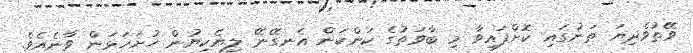
ވޭތުވެދިޔަ ތަނުގައި ކޮށްފައިވާ މި ބާވަތުގެ ކަންކަން އެނގޭނޭ ލިޔެކިޔުން ހުށަހަޅަން ވާނެއެވެ.